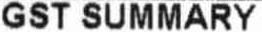
GST SUMMARY